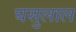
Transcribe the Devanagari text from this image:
घसुलाल